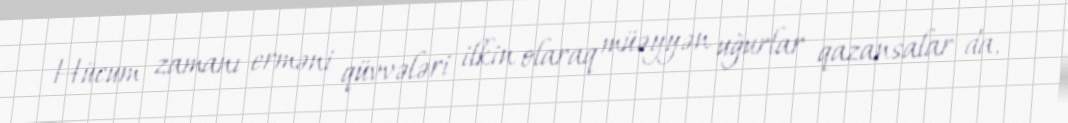
Hücum zamanı erməni qüvvələri ilkin olaraq müəyyən uğurlar qazansalar da,